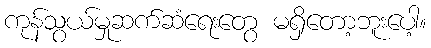
ကုန်သွယ်မှုဆက်ဆံရေးတွေ မရှိတော့ဘူးပေါ့။